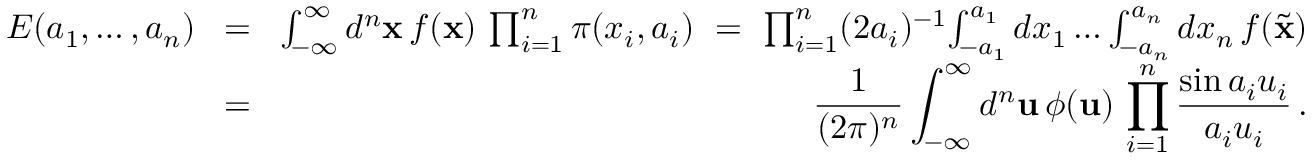
\begin{array} { r l r } { E ( a _ { 1 } , \dots , a _ { n } ) } & { \! = \! } & { \int _ { - \infty } ^ { \infty } d ^ { n } { \bf x } \, f ( { \bf x } ) \, \prod _ { i = 1 } ^ { n } \pi ( x _ { i } , a _ { i } ) \ = \ \prod _ { i = 1 } ^ { n } ( 2 a _ { i } ) ^ { - 1 } \! \int _ { - a _ { 1 } } ^ { a _ { 1 } } d x _ { 1 } \dots \int _ { - a _ { n } } ^ { a _ { n } } d x _ { n } \, f ( \tilde { \bf x } ) } \\ & { \! = \! } & { { \displaystyle { \frac { 1 } { ( 2 \pi ) ^ { n } } } \int _ { - \infty } ^ { \infty } d ^ { n } { \bf u } \, \phi ( { \bf u } ) \, \prod _ { i = 1 } ^ { n } { \frac { \sin a _ { i } u _ { i } } { a _ { i } u _ { i } } } \, . } } \end{array}